King Institute of Preventive Medicine Micro-Biological Section reports 1909-11
Year: 1909
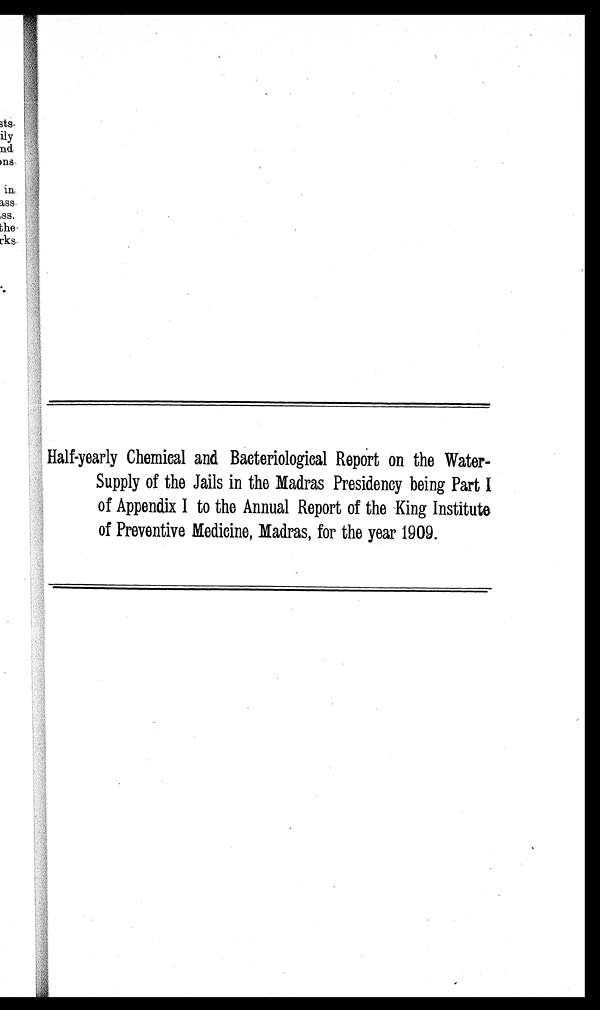
Half-yearly Chemical and Bacteriological Report on the Water
Supply of the Jails in the Madras Presidency being Part I
of Appendix I to the Annual Report of the King Institute
of Preventive Medicine, Madras, for the year 1909.